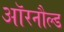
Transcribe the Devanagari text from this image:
ऑरनौल्ड